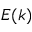
E ( k )